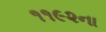
૧૧૯૨ના